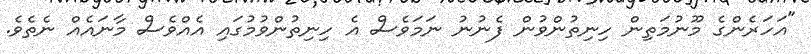
"އަހަރެންގެ މޫނުމަތިން ހިނިތުންވުން ފެނުނު ނަމަވެސް އެ ހިނިތުންވުމުގައި އެއްވެސް މާނައެއް ނެތެވެ.